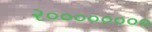
૨૦૦૦૦૦૦૦૦